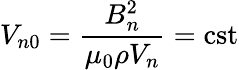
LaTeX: V_{n0}=\frac{B_{n}^{2}}{\mu_{0}\rho V_{n}}=\mathrm{cst}